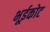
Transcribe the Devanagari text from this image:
भूईकोट